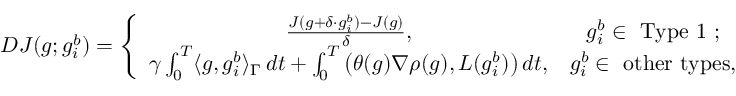
\begin{array} { r } { D J ( g ; g _ { i } ^ { b } ) = \left\{ \begin{array} { c c } { \frac { J ( g + \delta \cdot g _ { i } ^ { b } ) - J ( g ) } { \delta } , } & { g _ { i } ^ { b } \in \mathrm { ~ T y p e ~ 1 ~ } ; } \\ { \gamma \int _ { 0 } ^ { T } \langle g , g _ { i } ^ { b } \rangle _ { \Gamma } \, d t + \int _ { 0 } ^ { T } \left( \theta ( g ) \nabla \rho ( g ) , L ( g _ { i } ^ { b } ) \right) d t , } & { g _ { i } ^ { b } \in \mathrm { ~ o t h e r ~ t y p e s } , } \end{array} \right. } \end{array}